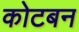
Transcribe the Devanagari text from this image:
कोटबन